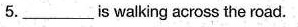
5.______is walking across the road.